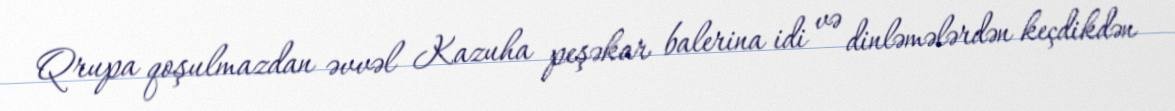
Qrupa qoşulmazdan əvvəl Kazuha peşəkar balerina idi və dinləmələrdən keçdikdən